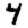
Digit: 4